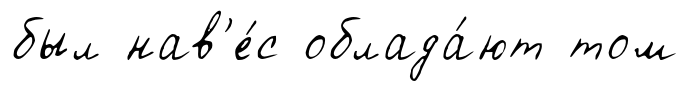
был нав'е́с облада́ют том